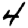
Digit: 4